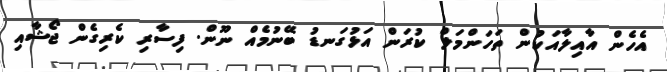
އެހެން އާއިލާއަކުން ތަހަންމަލް ކުރަން އަޅުގަނޑު ބޭނުމެއް ނޫން. ފިސާރި ކެރިގެން ޖޯޝާއި